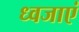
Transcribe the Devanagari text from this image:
ध्वजाएं